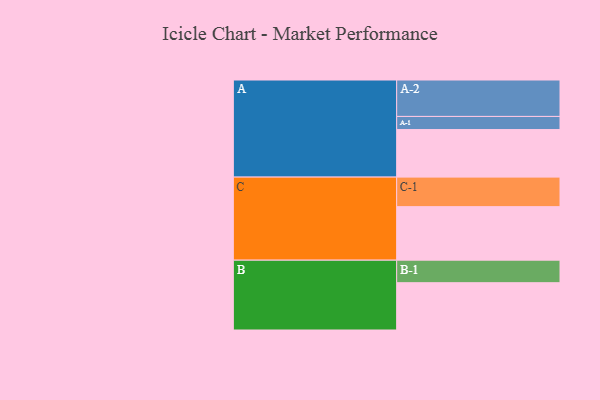
{"axis": {"x": "Segment", "y": "Value"}, "legend": ["", "A", "B", "C"], "data": [{"x": "A", "y": 359, "type": ""}, {"x": "B", "y": 357, "type": ""}, {"x": "C", "y": 404, "type": ""}, {"x": "A-1", "y": 99, "type": "A"}, {"x": "A-2", "y": 275, "type": "A"}, {"x": "B-1", "y": 170, "type": "B"}, {"x": "C-1", "y": 223, "type": "C"}]}